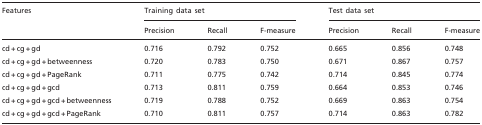
| <ROWSPAN=2> Features | <COLSPAN=3> Training data set | <COLSPAN=3> Test data set |
 | Precision | Recall | F-measure | Precision | Recall | F-measure |
 | --- | --- | --- | --- | --- | --- | --- |
 | cd + cg + gd | 0.716 | 0.792 | 0.752 | 0.665 | 0.856 | 0.748 |
 | cd + cg + gd + betweenness | 0.720 | 0.783 | 0.750 | 0.671 | 0.867 | 0.757 |
 | cd + cg + gd + PageRank | 0.711 | 0.775 | 0.742 | 0.714 | 0.845 | 0.774 |
 | cd + cg + gd + gcd | 0.713 | 0.811 | 0.759 | 0.664 | 0.853 | 0.746 |
 | cd + cg + gd + gcd + betweenness | 0.719 | 0.788 | 0.752 | 0.669 | 0.863 | 0.754 |
 | cd + cg + gd + gcd + PageRank | 0.710 | 0.811 | 0.757 | 0.714 | 0.863 | 0.782 |